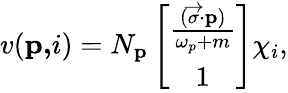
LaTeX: v(\mathbf{p,}i)=N_{\mathbf{p}}\left[\begin{array}{c}{{\frac{(\overrightarrow{\mathbf{\sigma}}\mathbf{\cdot p})}{\omega_{p}+m}}}\\ {{1}}\end{array}\right]\chi_{i},